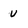
Character: U